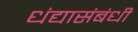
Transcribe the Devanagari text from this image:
धंद्यासंबंधीं